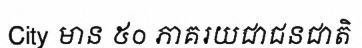
City មាន ៥០ ភាគរយជាជនជាតិ